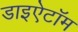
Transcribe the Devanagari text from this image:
डाइऐटॉम